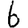
Digit: 6